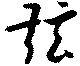
弦